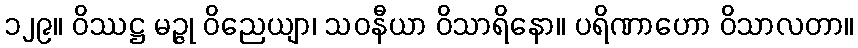
၁၂၉။ ဝိဿဋ္ဌ မဉ္ဇု ဝိညေယျာ၊ သဝနီယာ ဝိသာရိနော။ ပရိဏာဟော ဝိသာလတာ။